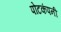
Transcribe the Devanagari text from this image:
पोटकंपनी